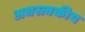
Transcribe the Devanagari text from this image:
अधस्त्वकीय